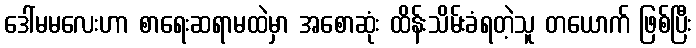
ဒေါ်မမလေးဟာ စာရေးဆရာမထဲမှာ အစောဆုံး ထိန်းသိမ်းခံရတဲ့သူ တယောက် ဖြစ်ပြီး